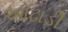
ઓઢાડી